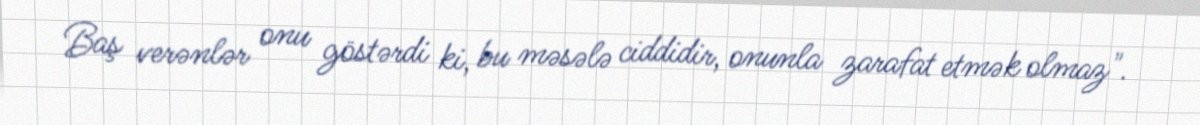
Baş verənlər onu göstərdi ki, bu məsələ ciddidir, onunla zarafat etmək olmaz".